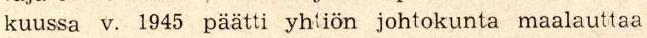
kuussa v. 1945 päätti yhtiön johtokunta maalauttaa